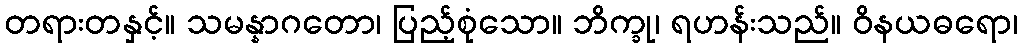
တရားတနှင့်။ သမန္နာဂတော၊ ပြည့်စုံသော။ ဘိက္ခု၊ ရဟန်းသည်။ ဝိနယဓရော၊